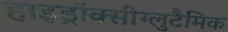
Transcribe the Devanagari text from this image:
हाइड्रॉक्सीग्लुटैमिक